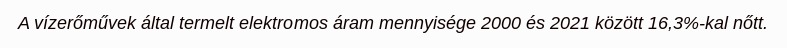
A vízerőművek által termelt elektromos áram mennyisége 2000 és 2021 között 16,3%-kal nőtt.